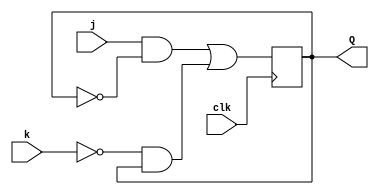
module top_module (
    input clk,
    input j,
    input k,
    output Q); 
    always @ (posedge clk)
        begin
            Q <= (j&~Q)|(~k&Q);
        end   
endmodule